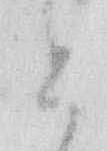
と